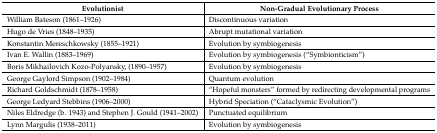
<table><thead><tr><td><b>Evolutionist</b></td><td><b>Non-Gradual Evolutionary Process</b></td></tr></thead><tbody><tr><td>William Bateson (1861–1926)</td><td>Discontinuous variation</td></tr><tr><td>Hugo de Vries (1848–1935)</td><td>Abrupt mutational variation</td></tr><tr><td>Konstantin Mereschkowsky (1855–1921)</td><td>Evolution by symbiogenesis</td></tr><tr><td>Ivan E. Wallin (1883–1969)</td><td>Evolution by symbiogenesis (“Symbionticism”)</td></tr><tr><td>Boris Mikhailovich Kozo-Polyansky, (1890–1957)</td><td>Evolution by symbiogenesis</td></tr><tr><td>George Gaylord Simpson (1902–1984)</td><td>Quantum evolution</td></tr><tr><td>Richard Goldschmidt (1878–1958)</td><td>“Hopeful monsters” formed by redirecting developmental programs</td></tr><tr><td>George Ledyard Stebbins (1906–2000)</td><td>Hybrid Speciation (“Cataclysmic Evolution”)</td></tr><tr><td>Niles Eldredge (b. 1943) and Stephen J. Gould (1941–2002)</td><td>Punctuated equilibrium</td></tr><tr><td>Lynn Margulis (1938–2011)</td><td>Evolution by symbiogenesis</td></tr></tbody></table>